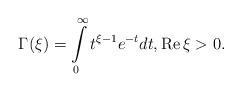
LaTeX: \begin{align*}\Gamma (\xi)=\int\limits_{0}^{\infty }t^{\xi-1}e^{-t}dt,\mathrm{Re}\,\xi>0.\end{align*}